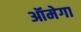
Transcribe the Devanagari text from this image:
ऑमेगा